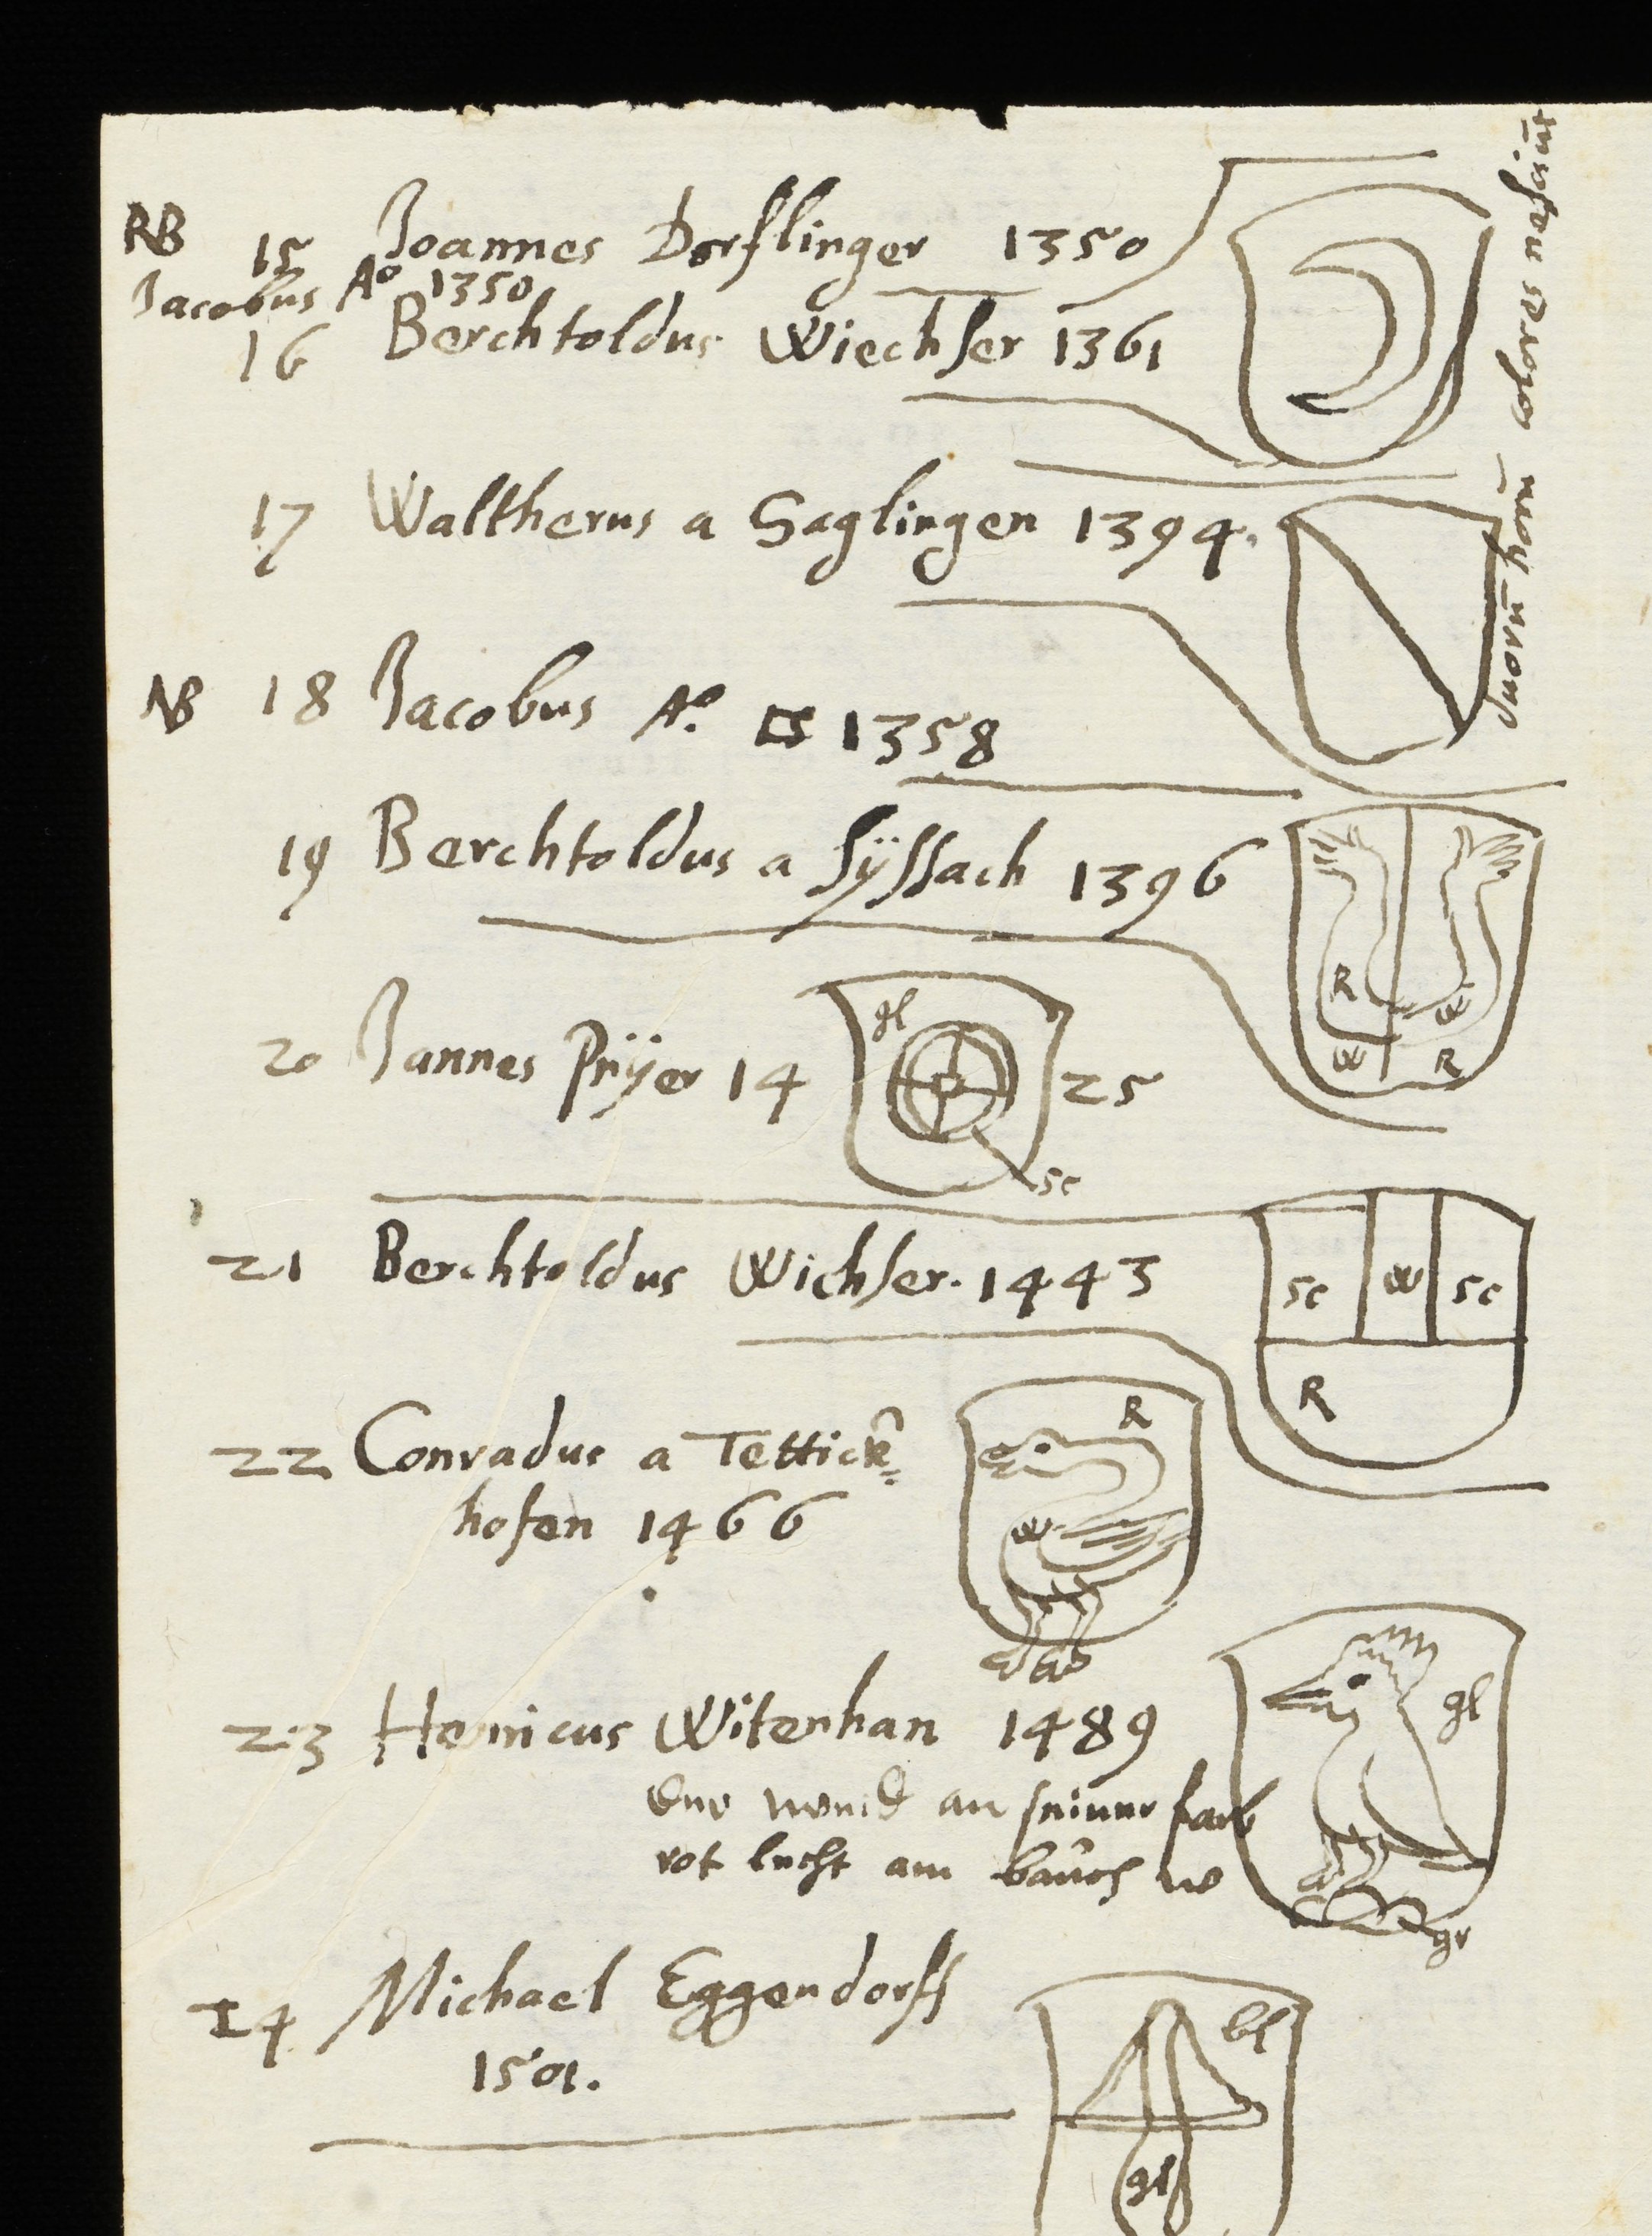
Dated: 1614–1638